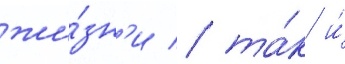
жи́зн'и / та́к и́